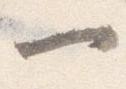
一